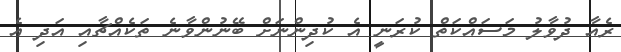
ރެއާ ދުވާލު މަސައްކަތް ކުރަނީ އެ ކުދިންނަށް ބޭނުންވާނެ ތަކެއްޗާއި އަދި އެ